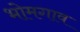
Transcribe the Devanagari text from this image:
भोमगाव